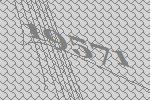
19571